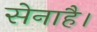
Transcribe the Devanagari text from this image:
सेनाहै।